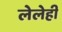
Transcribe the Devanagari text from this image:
लेलेही